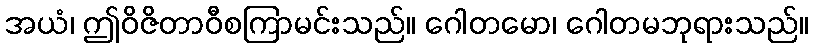
အယံ၊ ဤဝိဇိတာဝီစကြာမင်းသည်။ ဂေါတမော၊ ဂေါတမဘုရားသည်။